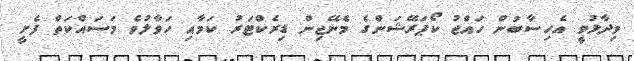
ވިދާޅުވީ އެހިސާބުން ހައްޖު ކޯޕަރޭޝަންގެ މެނޭޖިން ޑިރެކްޓަރު ކަމާއި ހަވާލުވެ މަސައްކަތް ފެށީ